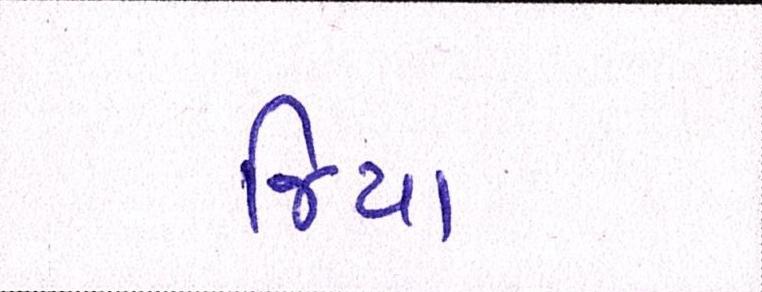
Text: જિયા